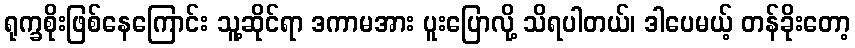
ရုက္ခစိုးဖြစ်နေကြောင်း သူ့ဆိုင်ရာ ဒကာမအား ပူးပြောလို့ သိရပါတယ်၊ ဒါပေမယ့် တန်ခိုးတော့